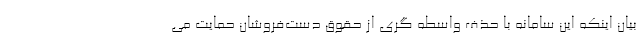
بیان اینکه این سامانه با حذف واسطه گری از حقوق دست‌فروشان حمایت می